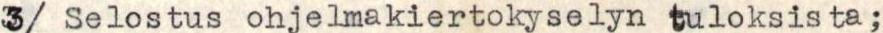
3/ Selostus ohjelmakiertokyselyn tuloksista;